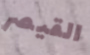
القيصر